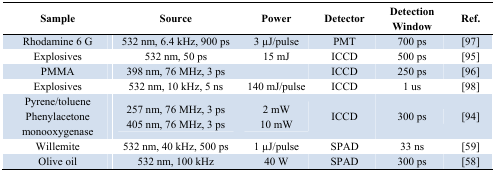
<table><thead><tr><td><b>Sample</b></td><td><b>Source</b></td><td><b>Power</b></td><td><b>Detector</b></td><td><b>Detection Window</b></td><td><b>Ref.</b></td></tr></thead><tbody><tr><td>Rhodamine 6 G</td><td>532 nm, 6.4 kHz, 900 ps</td><td>3 μJ/pulse</td><td>PMT</td><td>700 ps</td><td>[97]</td></tr><tr><td>Explosives</td><td>532 nm, 50 ps</td><td>15 mJ</td><td>ICCD</td><td>500 ps</td><td>[95]</td></tr><tr><td>PMMA</td><td>398 nm, 76 MHz, 3 ps</td><td></td><td>ICCD</td><td>250 ps</td><td>[96]</td></tr><tr><td>Explosives</td><td>532 nm, 10 kHz, 5 ns</td><td>140 mJ/pulse</td><td>ICCD</td><td>1 us</td><td>[98]</td></tr><tr><td>Pyrene/toluene Phenylacetone monooxygenase</td><td>257 nm, 76 MHz, 3 ps 405 nm, 76 MHz, 3 ps</td><td>2 mW 10 mW</td><td>ICCD</td><td>300 ps</td><td>[94]</td></tr><tr><td>Willemite</td><td>532 nm, 40 kHz, 500 ps</td><td>1 μJ/pulse</td><td>SPAD</td><td>33 ns</td><td>[59]</td></tr><tr><td>Olive oil</td><td>532 nm, 100 kHz</td><td>40 W</td><td>SPAD</td><td>300 ps</td><td>[58]</td></tr></tbody></table>